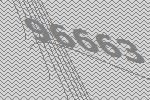
96663